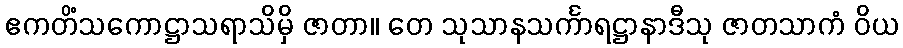
ဧကတိံသကောဋ္ဌာသရာသိမှိ ဇာတာ။ တေ သုသာနသင်္ကာရဋ္ဌာနာဒီသု ဇာတသာကံ ဝိယ